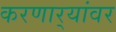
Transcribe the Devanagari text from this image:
करणार्‍यांवर